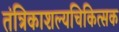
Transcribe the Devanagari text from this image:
तंत्रिकाशल्यचिकित्सक